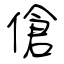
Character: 傖